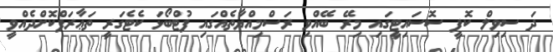
ދަ ސިވިލް ކޮފީ ސޮސައިޓީގައި މިރޭ ބޭއްވި ރަސްމިއްޔާތެއްގައި ފުޓްބޯޅަ ކެޓެގަރީ ތަޢާރަފްކޮށްދެއްވީ